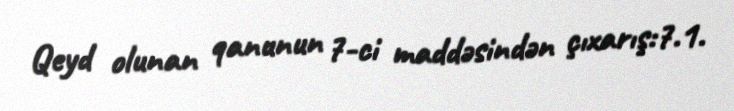
Qeyd olunan qanunun 7-ci maddəsindən çıxarış:7.1.